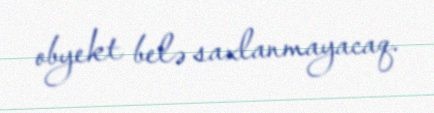
obyekt belə saxlanmayacaq.